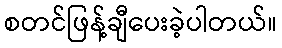
စတင်ဖြန့်ချီပေးခဲ့ပါတယ်။